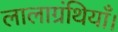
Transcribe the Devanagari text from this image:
लालाग्रंथियाँ।